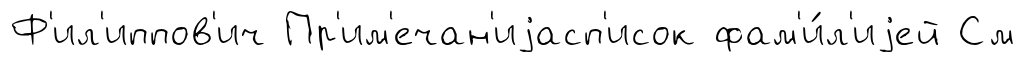
Ф'ил'иппов'ич Пр'им'ечан'иjасп'исок фам'и́л'иjей См